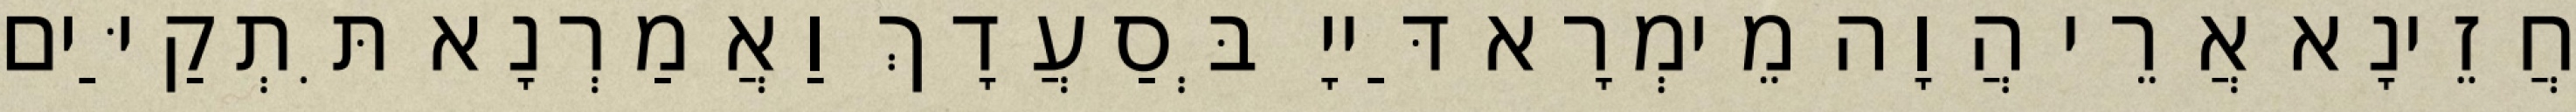
חֲזֵינָא אֲרֵי הֲוָה מֵימְרָא דַּייָ בְּסַעֲדָךְ וַאֲמַרְנָא תִּתְקַיַּים